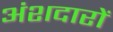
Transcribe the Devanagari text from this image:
अंशदारों